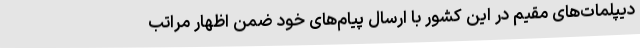
دیپلمات‌های مقیم در این کشور با ارسال پیام‌های خود ضمن اظهار مراتب